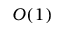
O ( 1 )